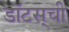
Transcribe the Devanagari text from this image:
डॉटस्‌ची